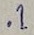
Text: .1